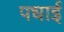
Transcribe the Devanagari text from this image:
पधाई